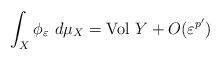
LaTeX: \begin{align*}\int_X \phi_{\varepsilon} \,\, d\mu_X = \textrm{Vol } Y + O(\varepsilon^{p'})\end{align*}